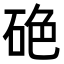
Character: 𥒍